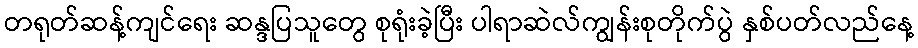
တရုတ်ဆန့်ကျင်ရေး ဆန္ဒပြသူတွေ စုရုံးခဲ့ပြီး ပါရာဆဲလ်ကျွန်းစုတိုက်ပွဲ နှစ်ပတ်လည်နေ့